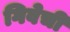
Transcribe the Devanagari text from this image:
गिवेची